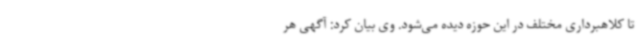
تا کلاهبرداری مختلف در این حوزه دیده می‌شود. وی بیان کرد: آگهی هر